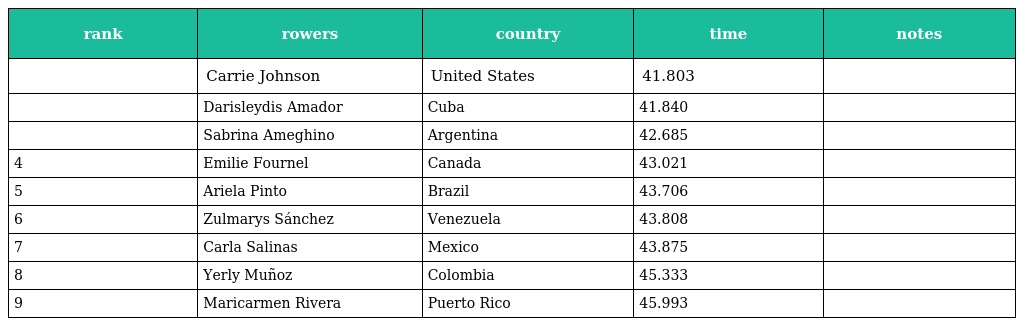
| rank | rowers | country | time | notes |
 | --- | --- | --- | --- | --- |
 |  | Carrie Johnson | United States | 41.803 |  |
 |  | Darisleydis Amador | Cuba | 41.840 |  |
 |  | Sabrina Ameghino | Argentina | 42.685 |  |
 | 4 | Emilie Fournel | Canada | 43.021 |  |
 | 5 | Ariela Pinto | Brazil | 43.706 |  |
 | 6 | Zulmarys Sánchez | Venezuela | 43.808 |  |
 | 7 | Carla Salinas | Mexico | 43.875 |  |
 | 8 | Yerly Muñoz | Colombia | 45.333 |  |
 | 9 | Maricarmen Rivera | Puerto Rico | 45.993 |  |